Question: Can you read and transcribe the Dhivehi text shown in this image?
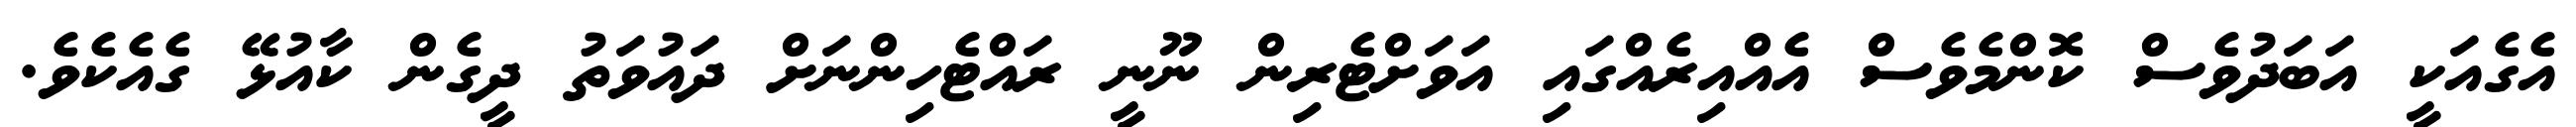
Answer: އެގެއަކީ އަބަދުވެސް ކޮންމެވެސް އެއްއިރެއްގައި އަވަށްޓެރިން ނޫނީ ރައްޓެހިންނަށް ދައުވަތު ދީގެން ކާއުޅޭ ގެއެކެވެ.